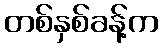
တစ်နှစ်ခန့်က